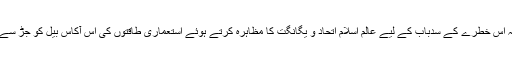
یہی وقت ہے کہ اس خطرے کے سدباب کے لیے عالمِ اسلام اتحاد و یگانگت کا مظاہرہ کرتے ہوئے استعماری طاقتوں کی اس آکاس بیل کو جڑ سے اکھاڑ پھینکے۔